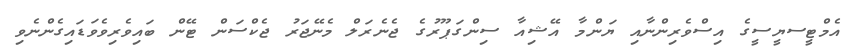
އެމްޓީސޔީސީގެ އިސްވެރިންނާއި ޔަންމާ އޭޝިއާ ސިންގަޕޫރުގެ ޖެނެރަލް މެނޭޖަރު ޖެކްސަން ޓޭން ބައިވެރިވެވަޑައިގެންނެވި